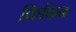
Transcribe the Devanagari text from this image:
किफिब